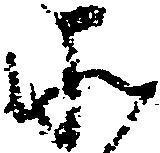
そ